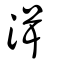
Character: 湒